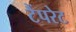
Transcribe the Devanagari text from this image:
टैंपरेट